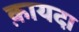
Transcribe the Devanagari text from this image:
क़ायदा